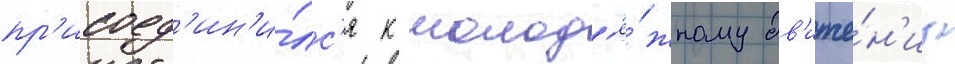
пр'исоед'ин'и́лс'я к молод'ё́жному дв'иже́н'иу